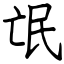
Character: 氓